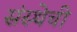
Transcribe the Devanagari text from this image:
संस्‍थेची